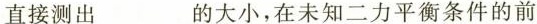
直接测出___的大小，在未知二力平衡条件的前